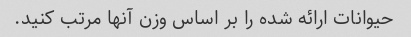
حیوانات ارائه شده را بر اساس وزن آنها مرتب کنید.